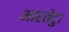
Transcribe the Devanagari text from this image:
भारतेंदु।